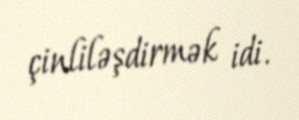
çinliləşdirmək idi.